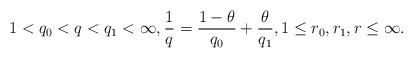
LaTeX: \begin{align*}1<q_0<q<q_1<\infty, \frac{1}{q}=\frac{1-\theta}{q_0}+\frac{\theta}{q_1}, 1\leq r_0, r_1, r\leq\infty.\end{align*}